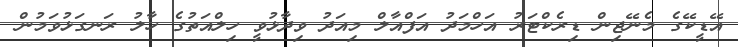
އޭޑީކޭގެ މެނޭޖިން ޑިރެކްޓަރު އަހްމަދު އަފްއާލް މިއަދު ވިދާޅުވީ ހިލްއަތުގެ ހާލު ރަނގަޅުވަމުން